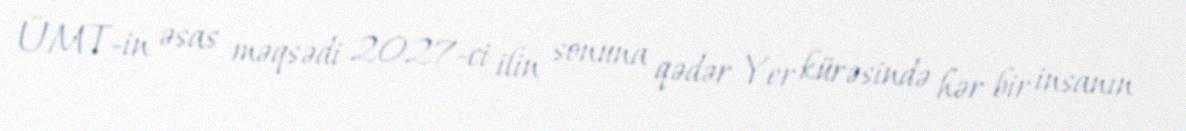
ÜMT-in əsas məqsədi 2027-ci ilin sonuna qədər Yer kürəsində hər bir insanın